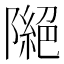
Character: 𨼎